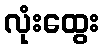
လုံးထွေး